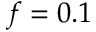
f = 0 . 1